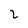
Character: 2